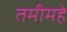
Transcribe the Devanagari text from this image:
तमीमहे